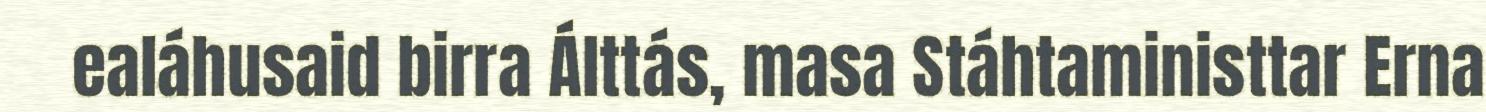
ealáhusaid birra Álttás, masa Stáhtaministtar Erna